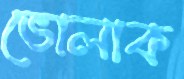
ভোলাক